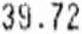
39.72